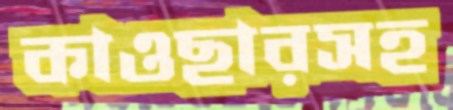
কাওছারসহ